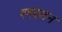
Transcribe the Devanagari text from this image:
रणकंदन